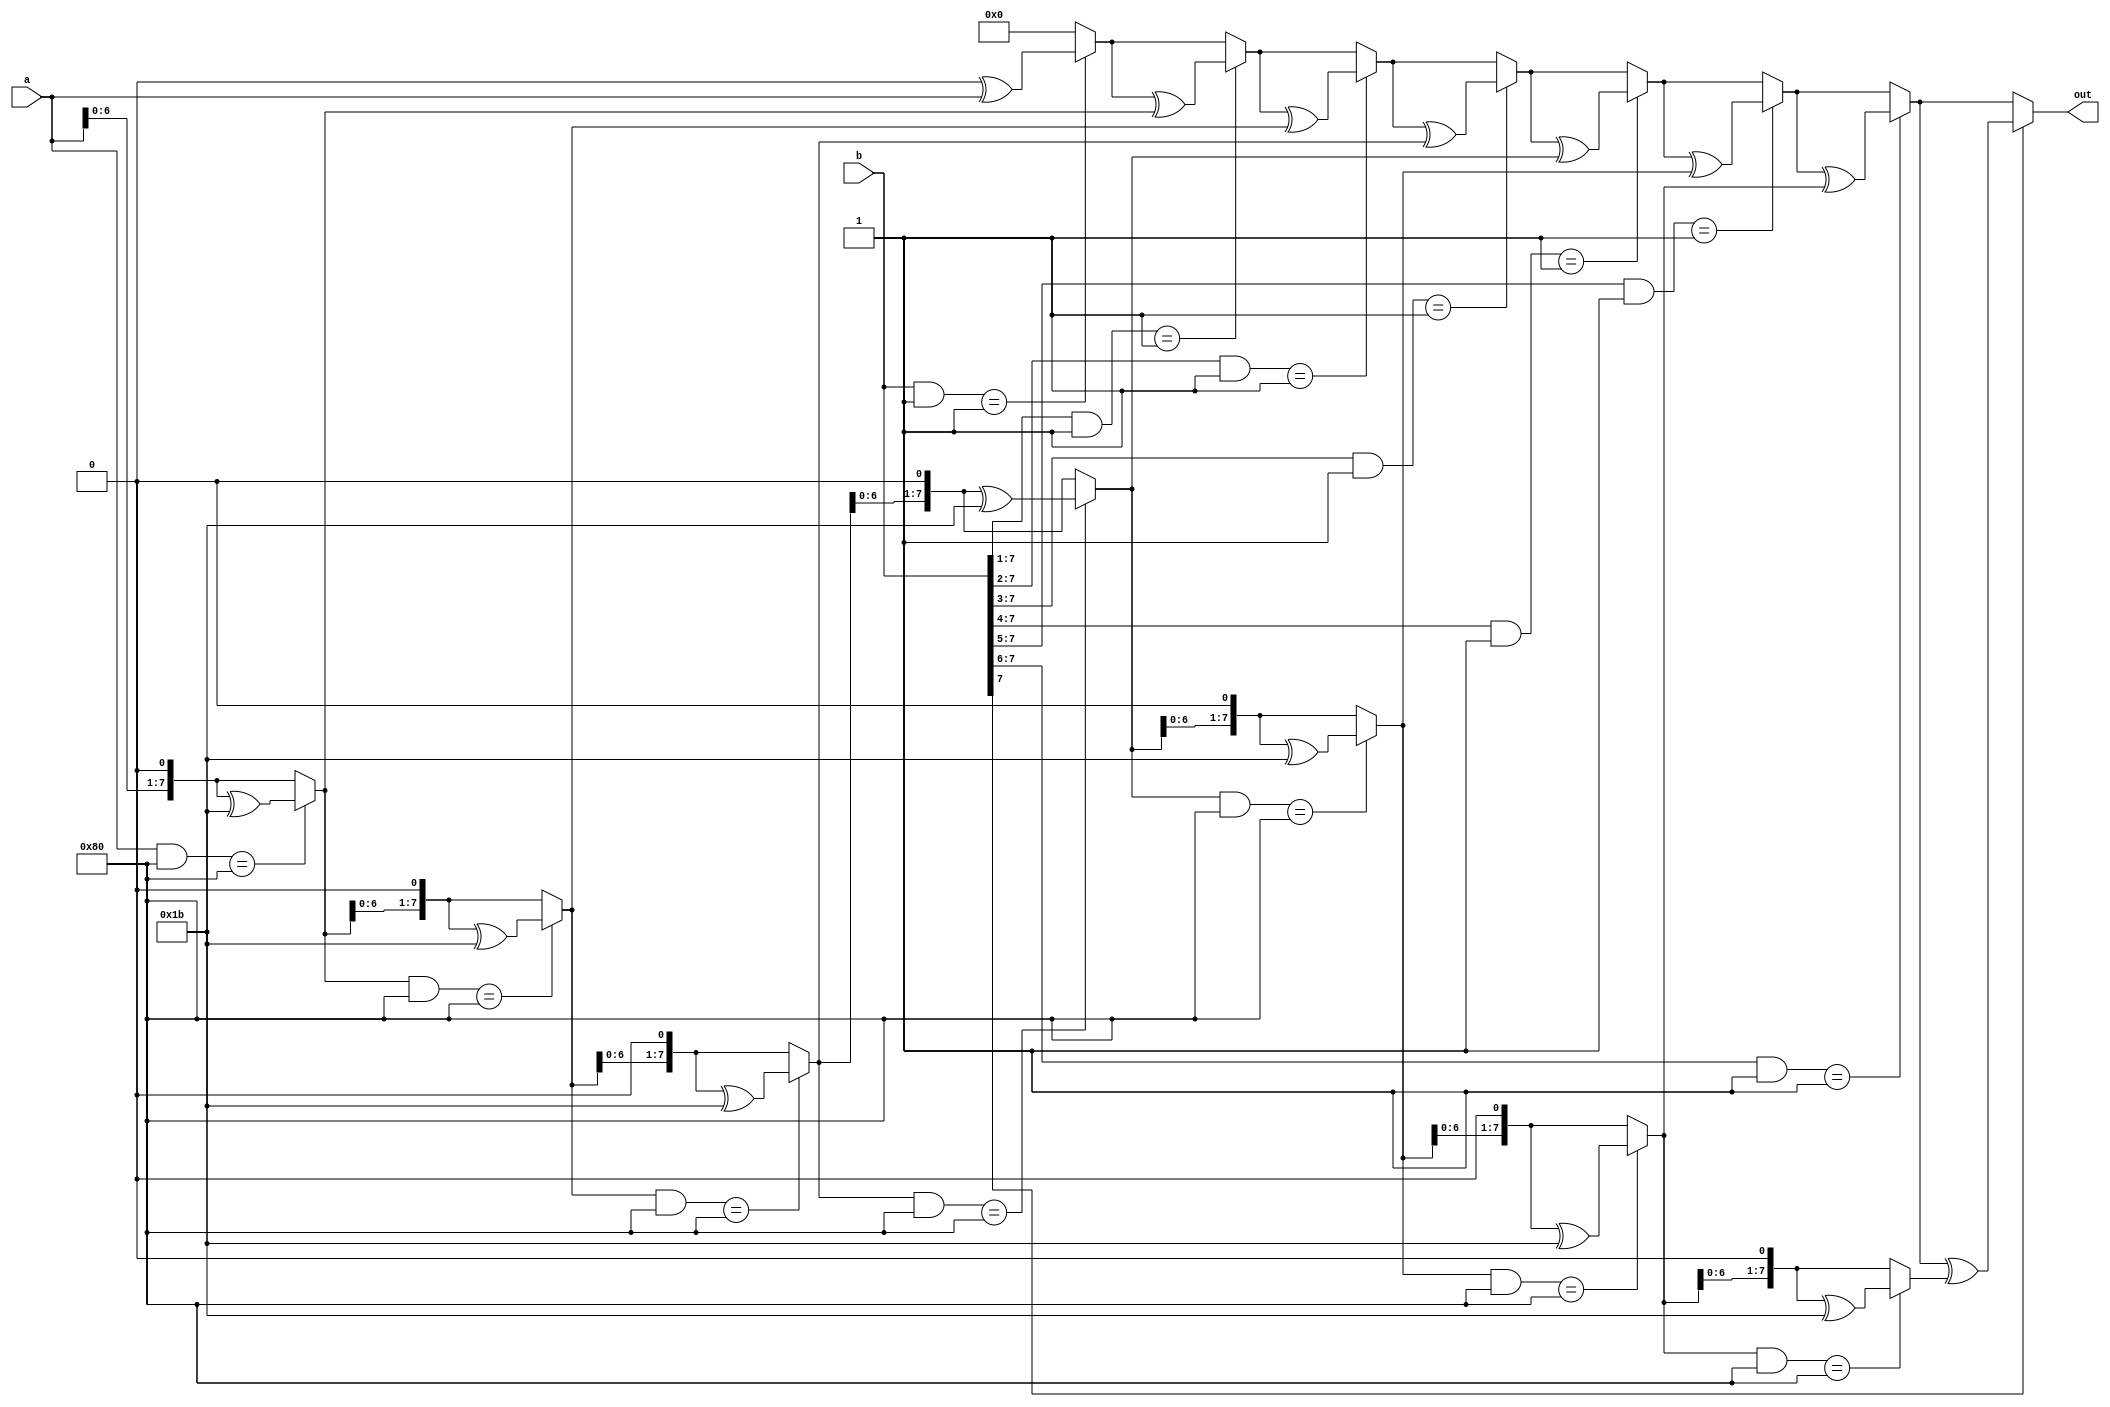
module mutli(a,b,out);
input [7:0] a;
input [7:0] b;
output reg [7:0] out;
reg [7:0] a1;
reg [7:0] b1;
reg [7:0] carry;

integer i;

always @ (*) begin
    out = 8'b0;
    a1 = a;
    b1 = b;

    for(i = 0;i < 8;i = i + 1) begin
        if((b1 & 1) == 1) out = out ^ a1;   //add if rightmost b is 1
        b1 = b1 >> 1;                       //divide b by X except X    0

        carry = (a1 & 8'b1000_0000);          //check if LSB is 1

        a1 = a1 << 1;
        if(carry == 8'b1000_0000) a1 = a1 ^ 8'b00011011; //subtract if there's carry
    end

end

endmodule